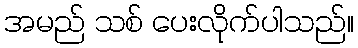
အမည် သစ် ပေးလိုက်ပါသည်။